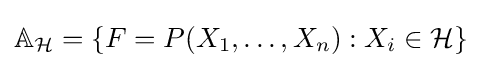
\mathbb {A} _{\mathcal {H}}=\{F=P(X_{1},\dots ,X_{n}):X_{i}\in {\mathcal {H}}\}